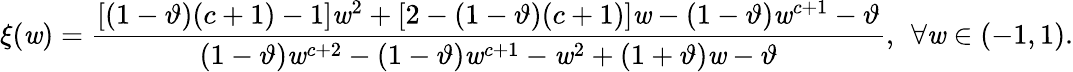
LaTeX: \xi(\mathit{w})=\frac{{[(1-\vartheta)(c+1)-1]\mathit{w}^{2}+[2-(1-\vartheta)(c+1)]\mathit{w}-(1-\vartheta)\mathit{w}^{c+1}-\vartheta}}{{(1-\vartheta)\mathit{w}^{c+2}-(1-\vartheta)\mathit{w}^{c+1}-\mathit{w}^{2}+(1+\vartheta)\mathit{w}-\vartheta}},\: \: \forall\mathit{w}\in(-1,1).